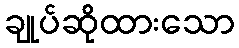
ချုပ်ဆိုထားသော